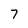
Character: 7